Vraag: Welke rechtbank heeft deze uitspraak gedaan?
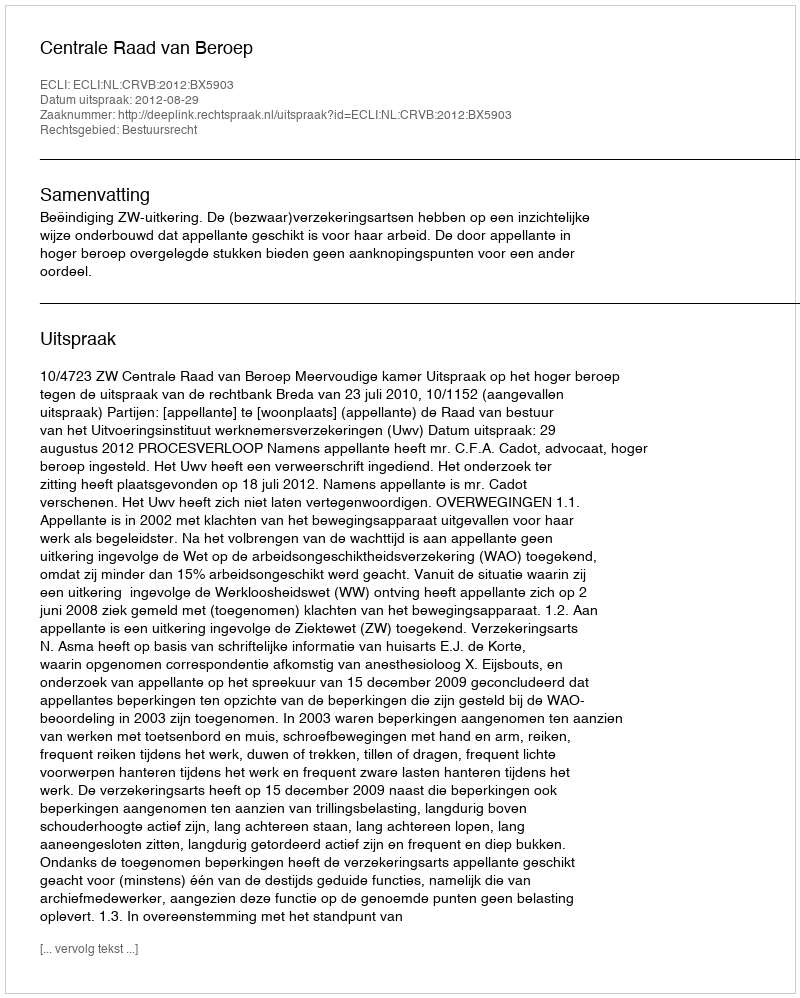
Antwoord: Centrale Raad van Beroep